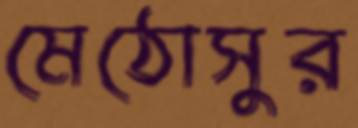
মেঠোসুর